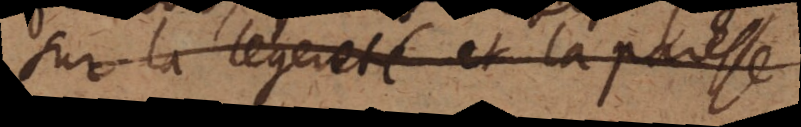
sur la legereté et la paresse.